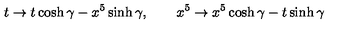
t \rightarrow t \cosh \gamma - x ^ { 5 } \sinh \gamma , \qquad x ^ { 5 } \rightarrow x ^ { 5 } \cosh \gamma - t \sinh \gamma